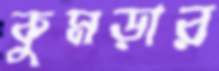
কুমড়ার